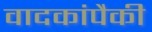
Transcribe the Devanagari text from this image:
वादकांपैकी